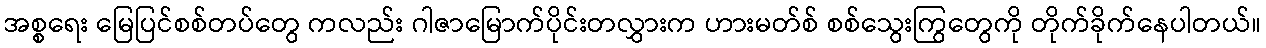
အစ္စရေး မြေပြင်စစ်တပ်တွေ ကလည်း ဂါဇာမြောက်ပိုင်းတလွှားက ဟားမတ်စ် စစ်သွေးကြွတွေကို တိုက်ခိုက်နေပါတယ်။